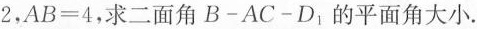
2$$,$$A B = 4$$,求二面角 B-AC-D_{1}的平面角大小.